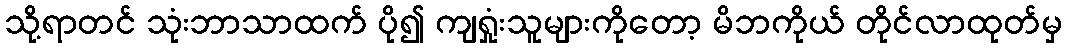
သို့ရာတင် သုံးဘာသာထက် ပို၍ ကျရှုံးသူများကိုတော့ မိဘကိုယ် တိုင်လာထုတ်မှ